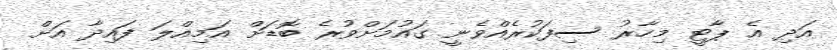
އަދި އެ ޕާޓީ މިހާރު ސިފަކުރެއްވެނީ ގައުމަށްވުރެ ބޮޑަށް އަމިއްލަ ފައިދާ އަށް